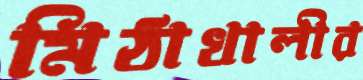
মিঠাখালীর